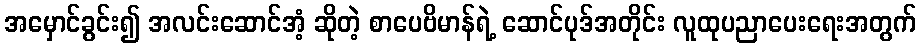
အမှောင်ခွင်း၍ အလင်းဆောင်အံ့ ဆိုတဲ့ စာပေဗိမာန်ရဲ့ ဆောင်ပုဒ်အတိုင်း လူထုပညာပေးရေးအတွက်